Civil Veterinary Dept. Bombay admin report 1900-1906 - 1900-1906
Year: 1900
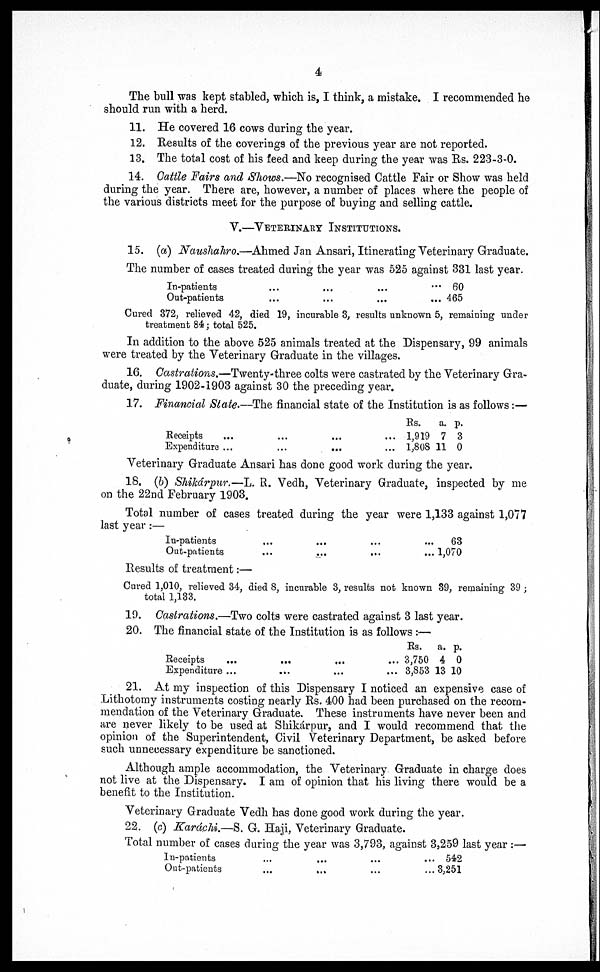
4
The bull was kept stabled, which is, I think, a mistake. I recommended he
should run with a herd.
11. He covered 16 cows during the year.
12. Results of the coverings of the previous year are not reported.
13. The total cost of his feed and keep during the year was Rs. 223-3-0.
14. Cattle Fairs and Shows.—No recognised Cattle Fair or Show was held
during the year. There are, however, a number of places where the people of
the various districts meet for the purpose of buying and selling cattle.
V.—VETERINARY INSTITUTIONS.
15. (a) Naushahro.—Ahmed Jan Ansari, Itinerating Veterinary Graduate.
The number of cases treated during the year was 525 against 331 last year.
In-patients
Out-patients
...
...
…
...
...
...
...
...
60
465
Cured 372, relieved 42, died 19, incurable 3, results unknown 5, remaining under
treatment 84 ; total 525.
In addition to the above 525 animals treated at the Dispensary, 99 animals
were treated by the Veterinary Graduate in the villages.
16. Castrations.—Twenty-three colts were castrated by the Veterinary Gra-
duate, during 1902-1903 against 30 the preceding year.
17. Financial State.—The financial state of the Institution is as follows :—
Receipts …
Expenditure ...
...
...
...
...
...
...
Rs.
a. p.
1,919 7 3
1,808 11 0
Veterinary Graduate Ansari has done good work during the year.
18. (b) Shikárpur.—L. R. Vedh, Veterinary Graduate, inspected by me
on the 22nd February 1903.
Total number of cases treated during the year were 1,133 against 1,077
last year :—
In-patients
Out-patients
...
...
...
...
…
...
...
...
63
1,070
Results of treatment :—
Cured 1,010, relieved 34, died 8, incurable 3, results not known 39, remaining 39 ;
total 1,133.
19. Castrations.—Two colts were castrated against 3 last year.
20. The financial state of the Institution is as follows :—
Receipts
Expenditure
...
...
...
...
…
...
...
...
Rs.
a. p.
3,750 4 0
3,853 13 10
21. At my inspection of this Dispensary I noticed an expensive case of
Lithotomy instruments costing nearly Rs. 400 had been purchased on the recom-
mendation of the Veterinary Graduate. These instruments have never been and
are never likely to be used at Shikárpur, and I would recommend that the
opinion of the Superintendent, Civil Veterinary Department, be asked before
such unnecessary expenditure be sanctioned.
Although ample accommodation, the Veterinary Graduate in charge does
not live at the Dispensary. I am of opinion that his living there would be a
benefit to the Institution.
Veterinary Graduate Vedh has done good work during the year.
22. (c) Karáchi.—S. G. Haji, Veterinary Graduate.
Total number of cases during the year was 3,793, against 3,259 last year :—
In-patients
Out-patients
...
...
...
…
...
...
...
...
542
3,251